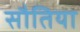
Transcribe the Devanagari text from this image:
सौतिया